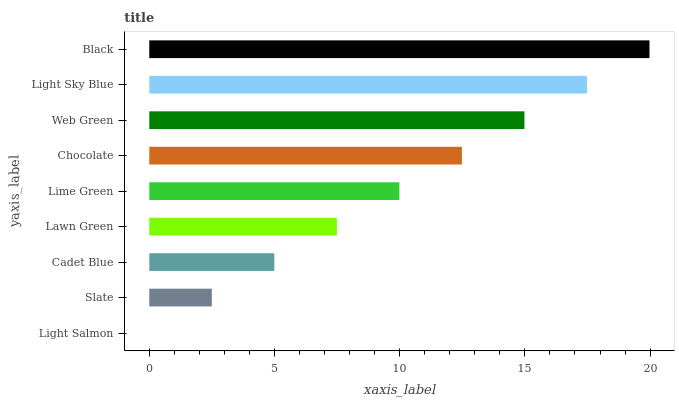
| yaxis_label | bars |
 | --- | --- |
 | Light Salmon | 0 |
 | Slate | 2.5 |
 | Cadet Blue | 4.99 |
 | Lawn Green | 7.49 |
 | Lime Green | 9.99 |
 | Chocolate | 12.5 |
 | Web Green | 15 |
 | Light Sky Blue | 17.5 |
 | Black | 20 |